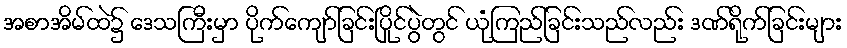
အစာအိမ်ထဲ၌ ဒေသကြီးမှာ ပိုက်ကျော်ခြင်းပြိုင်ပွဲတွင် ယုံကြည်ခြင်းသည်လည်း ဒဏ်ရိုက်ခြင်းများ